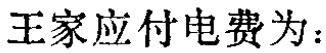
王家应付电费为：